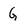
Character: G